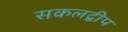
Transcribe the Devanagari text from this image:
सकलद्वीप